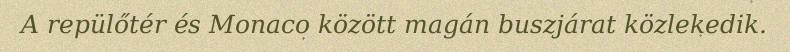
A repülőtér és Monaco között magán buszjárat közlekedik.